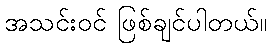
အသင်းဝင် ဖြစ်ချင်ပါတယ်။